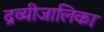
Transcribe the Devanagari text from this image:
द्रव्यीजालिका